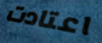
اعتادت